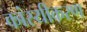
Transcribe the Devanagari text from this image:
कांस्यीकरण